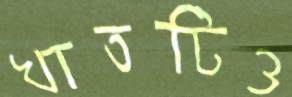
খাতটিও